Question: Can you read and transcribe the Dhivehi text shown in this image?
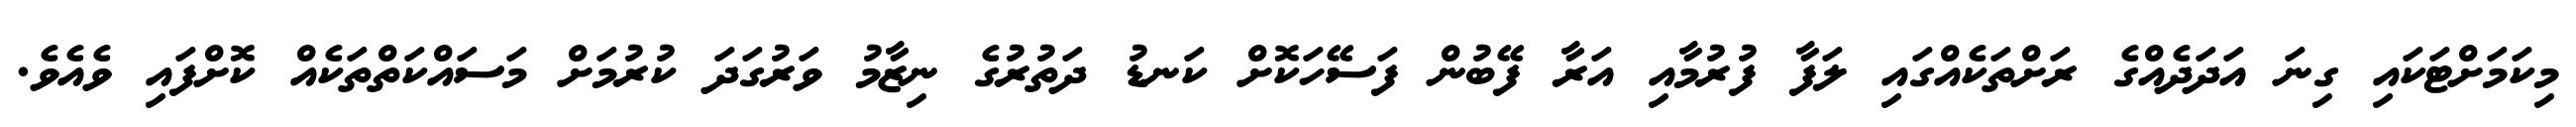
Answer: މިކަމަށްޓަކައި ގިނަ އަދަދެއްގެ ރަށްތަކެއްގައި ލަފާ ފުރުމާއި އަރާ ފޭބުން ފަސޭހަކޮށް ކަނޑު ދަތުރުގެ ނިޒާމު ވަރުގަދަ ކުރުމަށް މަސައްކަތްތަކެއް ކޮށްފައި ވެއެވެ.